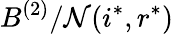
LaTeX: B^{(2)}/\mathcal{N}(i^{*},r^{*})